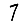
Digit: 7